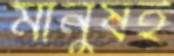
মানুষই